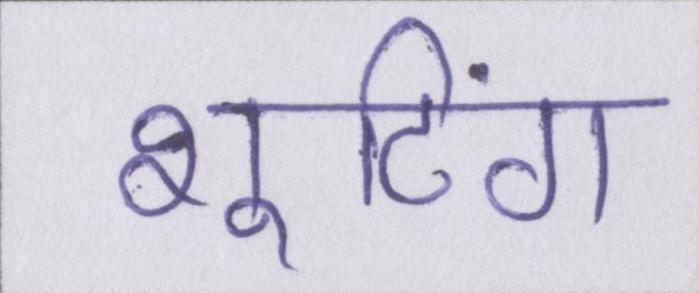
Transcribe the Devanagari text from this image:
शूटिंग